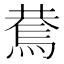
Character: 𰟑